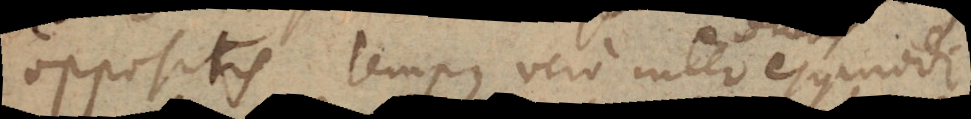
oppositis tempus vero inter ejusmodi